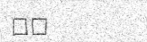
٦٦